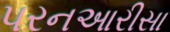
પરનઆરીસા